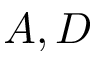
A , D